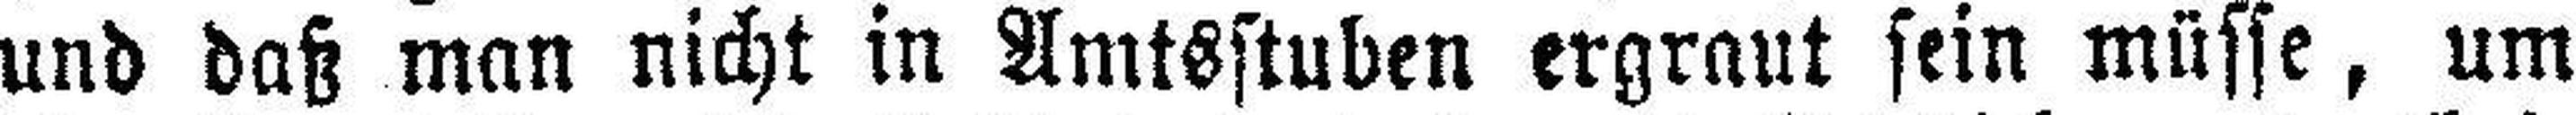
und daß man nicht in Amtsstuben ergraut sein müsse, um